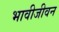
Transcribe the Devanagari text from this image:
भावीजीवन